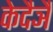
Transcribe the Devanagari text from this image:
केदैञै